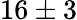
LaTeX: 16\pm 3